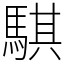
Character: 騏